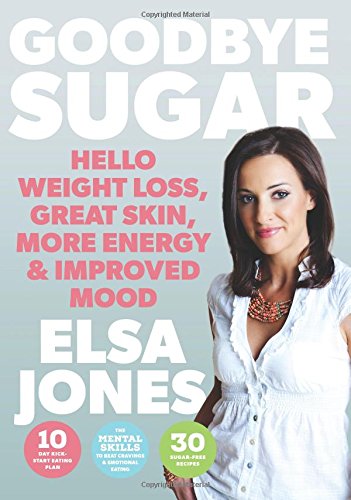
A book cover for Goodbye Sugar: Hello Weight Loss, Great Skin, More Energy and Improved Mood; Elsa Jones; Cookbooks, Food & Wine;